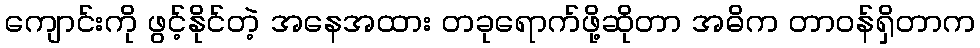
ကျောင်းကို ဖွင့်နိုင်တဲ့ အနေအထား တခုရောက်ဖို့ဆိုတာ အဓိက တာဝန်ရှိတာက